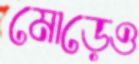
মোড়েও